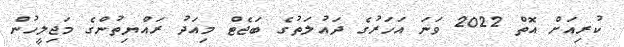
ކުރިއަށް އޮތް 2022 ވަނަ އަހަރުގެ ދައުލަތުގެ ބަޖެޓް މިއަދު ރައްޔިތުންގެ މަޖިލީހުން